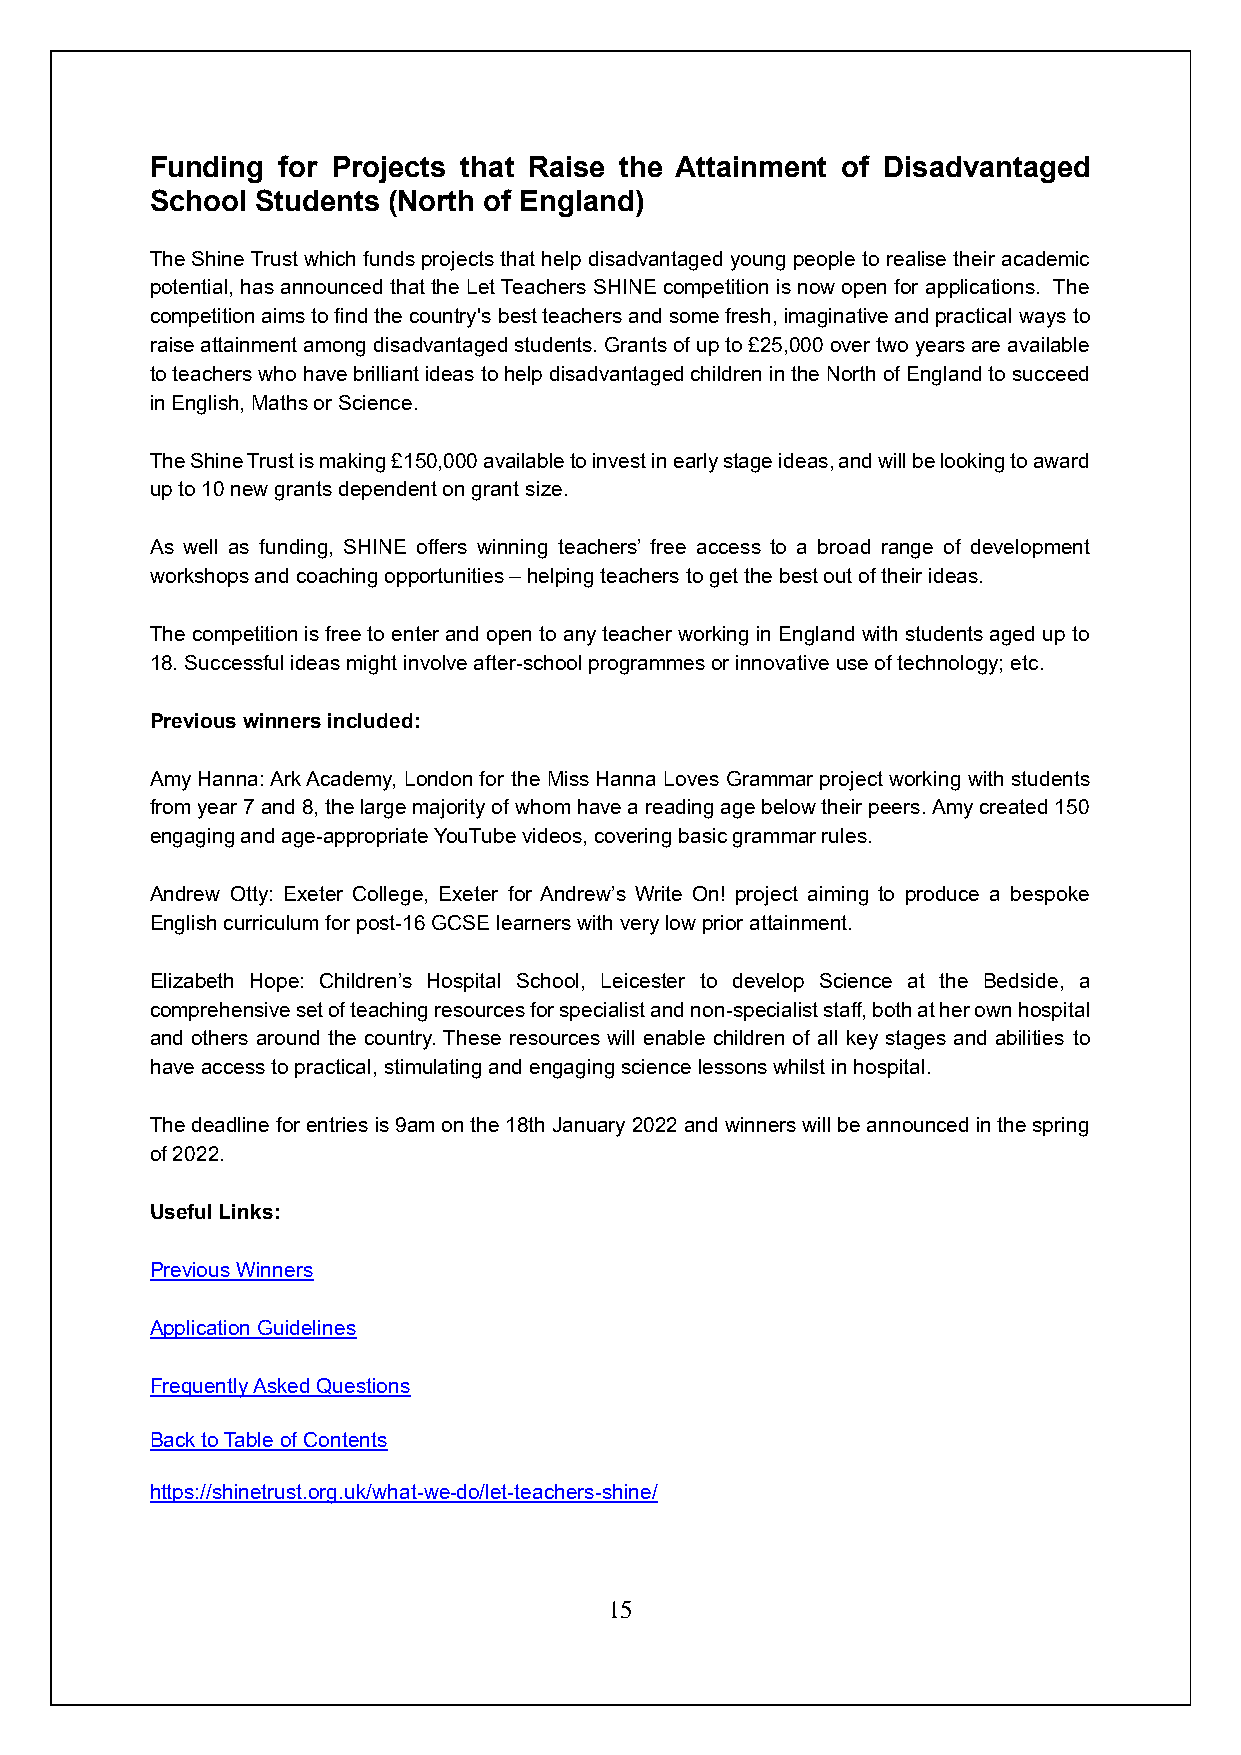
Funding for Projects that Raise the Attainment of Disadvantaged
 School Students (North of England)
 The Shine Trust which funds projects that help disadvantaged young people to realise their academic
 potential, has announced that the Let Teachers SHINE competition is now open for applications. The
 competition aims to find the country's best teachers and some fresh, imaginative and practical ways to
 raise attainment among disadvantaged students. Grants of up to £25,000 over two years are available
 to teachers who have brilliant ideas to help disadvantaged children in the North of England to succeed
 in English, Maths or Science.
 The Shine Trust is making £150,000 available to invest in early stage ideas, and will be looking to award
 up to 10 new grants dependent on grant size.
 As well as funding, SHINE offers winning teachers’ free access to a broad range of development
 workshops and coaching opportunities – helping teachers to get the best out of their ideas.
 The competition is free to enter and open to any teacher working in England with students aged up to
 18. Successful ideas might involve after-school programmes or innovative use of technology; etc.
 Previous winners included:
 Amy Hanna: Ark Academy, London for the Miss Hanna Loves Grammar project working with students
 from year 7 and 8, the large majority of whom have a reading age below their peers. Amy created 150
 engaging and age-appropriate YouTube videos, covering basic grammar rules.
 Andrew Otty: Exeter College, Exeter for Andrew’s Write On! project aiming to produce a bespoke
 English curriculum for post-16 GCSE learners with very low prior attainment.
 Elizabeth Hope: Children’s Hospital School, Leicester to develop Science at the Bedside, a
 comprehensive set of teaching resources for specialist and non-specialist staff, both at her own hospital
 and others around the country. These resources will enable children of all key stages and abilities to
 have access to practical, stimulating and engaging science lessons whilst in hospital.
 The deadline for entries is 9am on the 18th January 2022 and winners will be announced in the spring
 of 2022.
 Useful Links:
 Previous Winners
 Application Guidelines
 Frequently Asked Questions
 Back to Table of Contents
 https://shinetrust.org.uk/what-we-do/let-teachers-shine/
 15